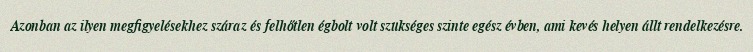
Azonban az ilyen megfigyelésekhez száraz és felhőtlen égbolt volt szükséges szinte egész évben, ami kevés helyen állt rendelkezésre.